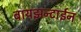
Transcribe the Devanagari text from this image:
बायझन्टाईन